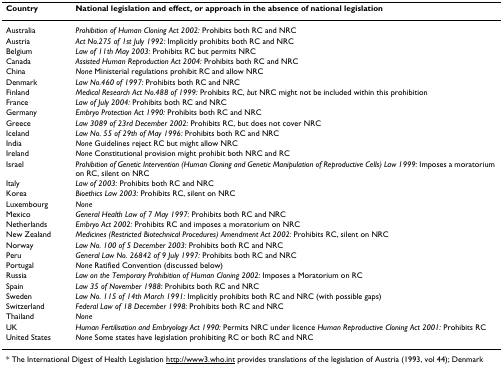
<table><thead><tr><td><b>Country</b></td><td><b>National legislation and effect, or approach in the absence of national legislation</b></td></tr></thead><tbody><tr><td>Australia</td><td><i>Prohibition of Human Cloning Act 2002: </i>Prohibits both RC and NRC</td></tr><tr><td>Austria</td><td><i>Act No.275 of 1st July 1992: </i>Implicitly prohibits both RC and NRC</td></tr><tr><td>Belgium</td><td><i>Law of 11th May 2003: </i>Prohibits RC but permits NRC</td></tr><tr><td>Canada</td><td><i>Assisted Human Reproduction Act 2004: </i>Prohibits both RC and NRC</td></tr><tr><td>China</td><td><i>None </i>Ministerial regulations prohibit RC and allow NRC</td></tr><tr><td>Denmark</td><td><i>Law No.460 of 1997: </i>Prohibits both RC and NRC</td></tr><tr><td>Finland</td><td><i>Medical Research Act No.488 of 1999: </i>Prohibits RC, <i>but </i>NRC might not be included within this prohibition</td></tr><tr><td>France</td><td><i>Law of July 2004: </i>Prohibits both RC and NRC</td></tr><tr><td>Germany</td><td><i>Embryo Protection Act 1990: </i>Prohibits both RC and NRC</td></tr><tr><td>Greece</td><td><i>Law 3089 of 23rd December 2002: </i>Prohibits RC, but does not cover NRC</td></tr><tr><td>Iceland</td><td><i>Law No. 55 of 29th of May 1996: </i>Prohibits both RC and NRC</td></tr><tr><td>India</td><td><i>None </i>Guidelines reject RC but might allow NRC</td></tr><tr><td>Ireland</td><td><i>None </i>Constitutional provision might prohibit both NRC and RC</td></tr><tr><td>Israel</td><td><i>Prohibition of Genetic Intervention (Human Cloning and Genetic Manipulation of Reproductive Cells) Law 1999: </i>Imposes a moratorium on RC, silent on NRC</td></tr><tr><td>Italy</td><td><i>Law of 2003: </i>Prohibits both RC and NRC</td></tr><tr><td>Korea</td><td><i>Bioethics Law 2003: </i>Prohibits RC, silent on NRC</td></tr><tr><td>Luxembourg</td><td><i>None</i></td></tr><tr><td>Mexico</td><td><i>General Health Law of 7 May 1997: </i>Prohibits both RC and NRC</td></tr><tr><td>Netherlands</td><td><i>Embryo Act 2002: </i>Prohibits RC and imposes a moratorium on NRC</td></tr><tr><td>New Zealand</td><td><i>Medicines (Restricted Biotechnical Procedures) Amendment Act 2002: </i>Prohibits RC, silent on NRC</td></tr><tr><td>Norway</td><td><i>Law No. 100 of 5 December 2003: </i>Prohibits both RC and NRC</td></tr><tr><td>Peru</td><td><i>General Law No. 26842 of 9 July 1997: </i>Prohibits both RC and NRC</td></tr><tr><td>Portugal</td><td><i>None </i>Ratified Convention (discussed below)</td></tr><tr><td>Russia</td><td><i>Law on the Temporary Prohibition of Human Cloning 2002: </i>Imposes a Moratorium on RC</td></tr><tr><td>Spain</td><td><i>Law 35 of November 1988: </i>Prohibits both RC and NRC</td></tr><tr><td>Sweden</td><td><i>Law No. 115 of 14th March 1991: </i>Implicitly prohibits both RC and NRC (with possible gaps)</td></tr><tr><td>Switzerland</td><td><i>Federal Law of 18 December 1998: </i>Prohibits both RC and NRC</td></tr><tr><td>Thailand</td><td><i>None</i></td></tr><tr><td>UK</td><td><i>Human Fertilisation and Embryology Act 1990: </i>Permits NRC under licence <i>Human Reproductive Cloning Act 2001: </i>Prohibits RC</td></tr><tr><td>United States</td><td><i>None </i>Some states have legislation prohibiting RC or both RC and NRC</td></tr></tbody></table>